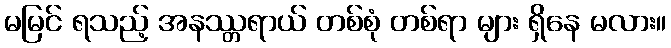
မမြင် ရသည့် အနဿ္တရာယ် တစ်စုံ တစ်ရာ များ ရှိနေ မလား။